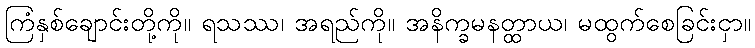
ကြံနှစ်ချောင်းတို့ကို။ ရသဿ၊ အရည်ကို။ အနိက္ခမနတ္ထာယ၊ မထွက်စေခြင်းငှာ။